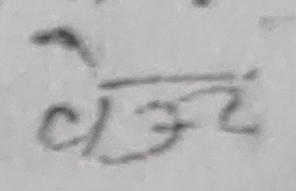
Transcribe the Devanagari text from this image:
वेज्ञ